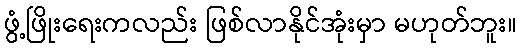
ဖွံ့ဖြိုးရေးကလည်း ဖြစ်လာနိုင်အုံးမှာ မဟုတ်ဘူး။